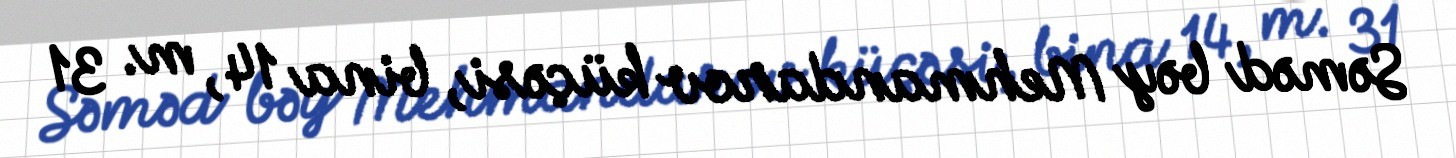
Səməd bəy Mehmandarov küçəsi, bina 14, m. 31